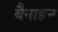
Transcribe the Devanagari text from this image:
बैनाइन